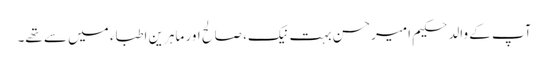
آپ کے والد حکیم امیرحسن بہت نیک، صالح اور ماہرین اطباء میں سے تھے۔